Tezpur Lunatic Asylum reports 1877-1894 - 1877-1894
Year: 1877
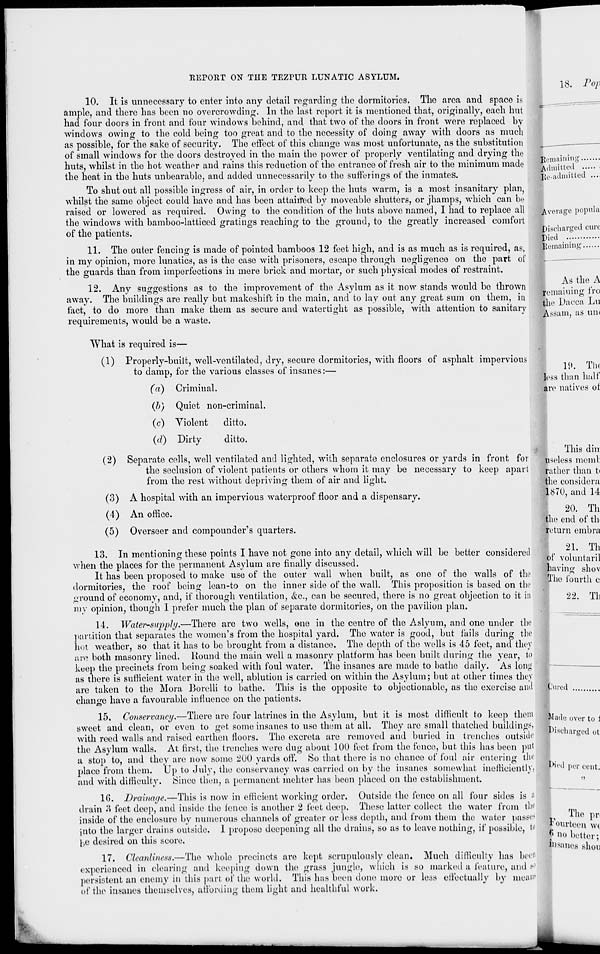
REPORT ON THE TEZPUR LUNATIC ASYLUM.
10. It is unnecessary to enter into any detail regarding the dormitories. The area and space is
ample, and there has been no overcrowding. In the last report it is mentioned that, originally, each hut
had four doors in front and four windows behind, and that two of the doors in front were replaced by
windows owing to the cold being too great and to the necessity of doing away with doors as much
as possible, for the sake of security. The effect of this change was most unfortunate, as the substitution
of small windows for the doors destroyed in the main the power of properly ventilating and drying the
huts, whilst in the hot weather and rains this reduction of the entrance of fresh air to the minimum made
the heat in the huts unbearable, and added unnecessarily to the sufferings of the inmates.
To shut out all possible ingress of air, in order to keep the huts warm, is a most insanitary plan,
whilst the same object could have and has been attained by moveablo shutters, or jhamps, which can be
raised or lowered as required. Owing to the condition of the huts above named, I had to replace all
the windows with bamboo-latticed gratings reaching to the ground, to the greatly increased comfort
of the patients.
11. The outer fencing is made of pointed bamboos 12 feet high, and is as much as is required, as,
in my opinion, more lunatics, as is the case with prisoners, escape through negligence on the part of
the guards than from imperfections in mere brick and mortar, or such physical modes of restraint.
12. Any suggestions as to the improvement of the Asylum as it now stands would bo thrown
away. The buildings are really but makeshift in the main, and to lay out any great sum on them, in
fact, to do more than make them as secure and watertight as possible, with attention to sanitary
requirements, would be a waste.
What is required is—
(1) Properly-built, well-ventilated, dry, secure dormitories, with floors of asphalt impervious
to damp, for the various classes of insanes:—
(a) Criminal.
(b) Quiet non-criminal.
(c) Violent
ditto.
(d) Dirty
ditto.
(2) Separate cells, well ventilated and lighted, with separate enclosures or yards in front for
the seclusion of violent patients or others whom it may be necessary to keep apart
from the rest without depriving them of air and light.
(3) A hospital with an impervious waterproof floor and a dispensary.
(4) An office.
(5) Overseer and compounder's quarters.
13. In mentioning these points I have not gone into any detail, which will be better considered
when the places for the permanent Asylum are finally discussed.
It has been proposed to make use of the outer wall when built, as one of the Avails of the
dormitories, the roof being lean-to on the inner side of the wall. This proposition is based on tin 1
ground of economy, and, if thorough ventilation, &c, can be secured, there is no great objection to it in
my opinion, though I prefer much the plan of separate dormitories, on the pavilion plan.
14. Water-supply.—There are two wells, one in the centre of the Aslyum, and one under the
partition that separates the women's from the hospital yard. The water is good, but fails during the
hot weather, so that it has to be brought from a distance. The depth of the wells is 45 feet, and they
are both masonry lined. Hound the main well a masonry platform has been built during the year, to
keep the precincts from being soaked with foul water. The insanes are made to bathe daily. As long
as there is sufficient water in the well, ablution is carried on within the Asylum; but at other times they
are taken to the Mora Borelli to bathe. This is the opposite to objectionable, as the exercise and
change have a favourable influence on the patients.
15. Conservancy.—There are four latrines in the Asylum, but it is most difficult to keep them
sweet and clean, or even to get some insanes to use them at all. They are small thatched buildings
with reed walls and raised earthen floors. The excreta are removed and buried in trenches outside
the Asylum walls. At first, the trenches were dug about 100 feet from the fence, but this has been put
a stop to, and they are now some 200 yards off. So that there is no chance of foul air entering the
place from them. Up to July, the conservancy was carried on by the insanes somewhat inefficiently,
and with difficulty. Since then, a permanent mehter has been placed on the establishment.
10. Drainage.—This is now in efficient working order. Outside the fence on all four sides is :'
drain 3 feet deep, and inside the fence is another 2 feet deep. These latter collect the water from tin'
inside of the enclosure by numerous channels of greater or less depth, and from them the water passes
into the larger drains outside. 1 propose deepening all the drains, so as to leave nothing, if possible, to
|,e desired on this score.
17. Cleanliness.—The whole precincts are kept scrupulously clean. Much difficulty has bee"
experienced in clearing and keeping down the grass jungle, which is so marked a feature, and .->'
persistent an enemy in this part of the world. This has been done more or less effectually by meal'"
of the insanes themselves, affording them light and healthful work.
18. Pop
Remaining...
Admitted ..
Re-admitted
Average popula
Discharged cure
Died
Remaining
As the A
remaining fro
the Dacca Lu
Assam, as un<
The
19
less than half
are natives of
This din
useless meml
rather than t<
the considera
1870, and 14
20. Th
Hie end of th
return embra
21. Th
of voluntaril
having shov
The fourth c
22. Th
jpu-ed
Wade over to J
Discharged ot
Itii'd per cent.
Tin ia pr
fourteen wi
f 5 no better;
P)8anes shun